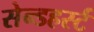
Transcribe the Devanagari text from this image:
सेन्डहर्स्ट